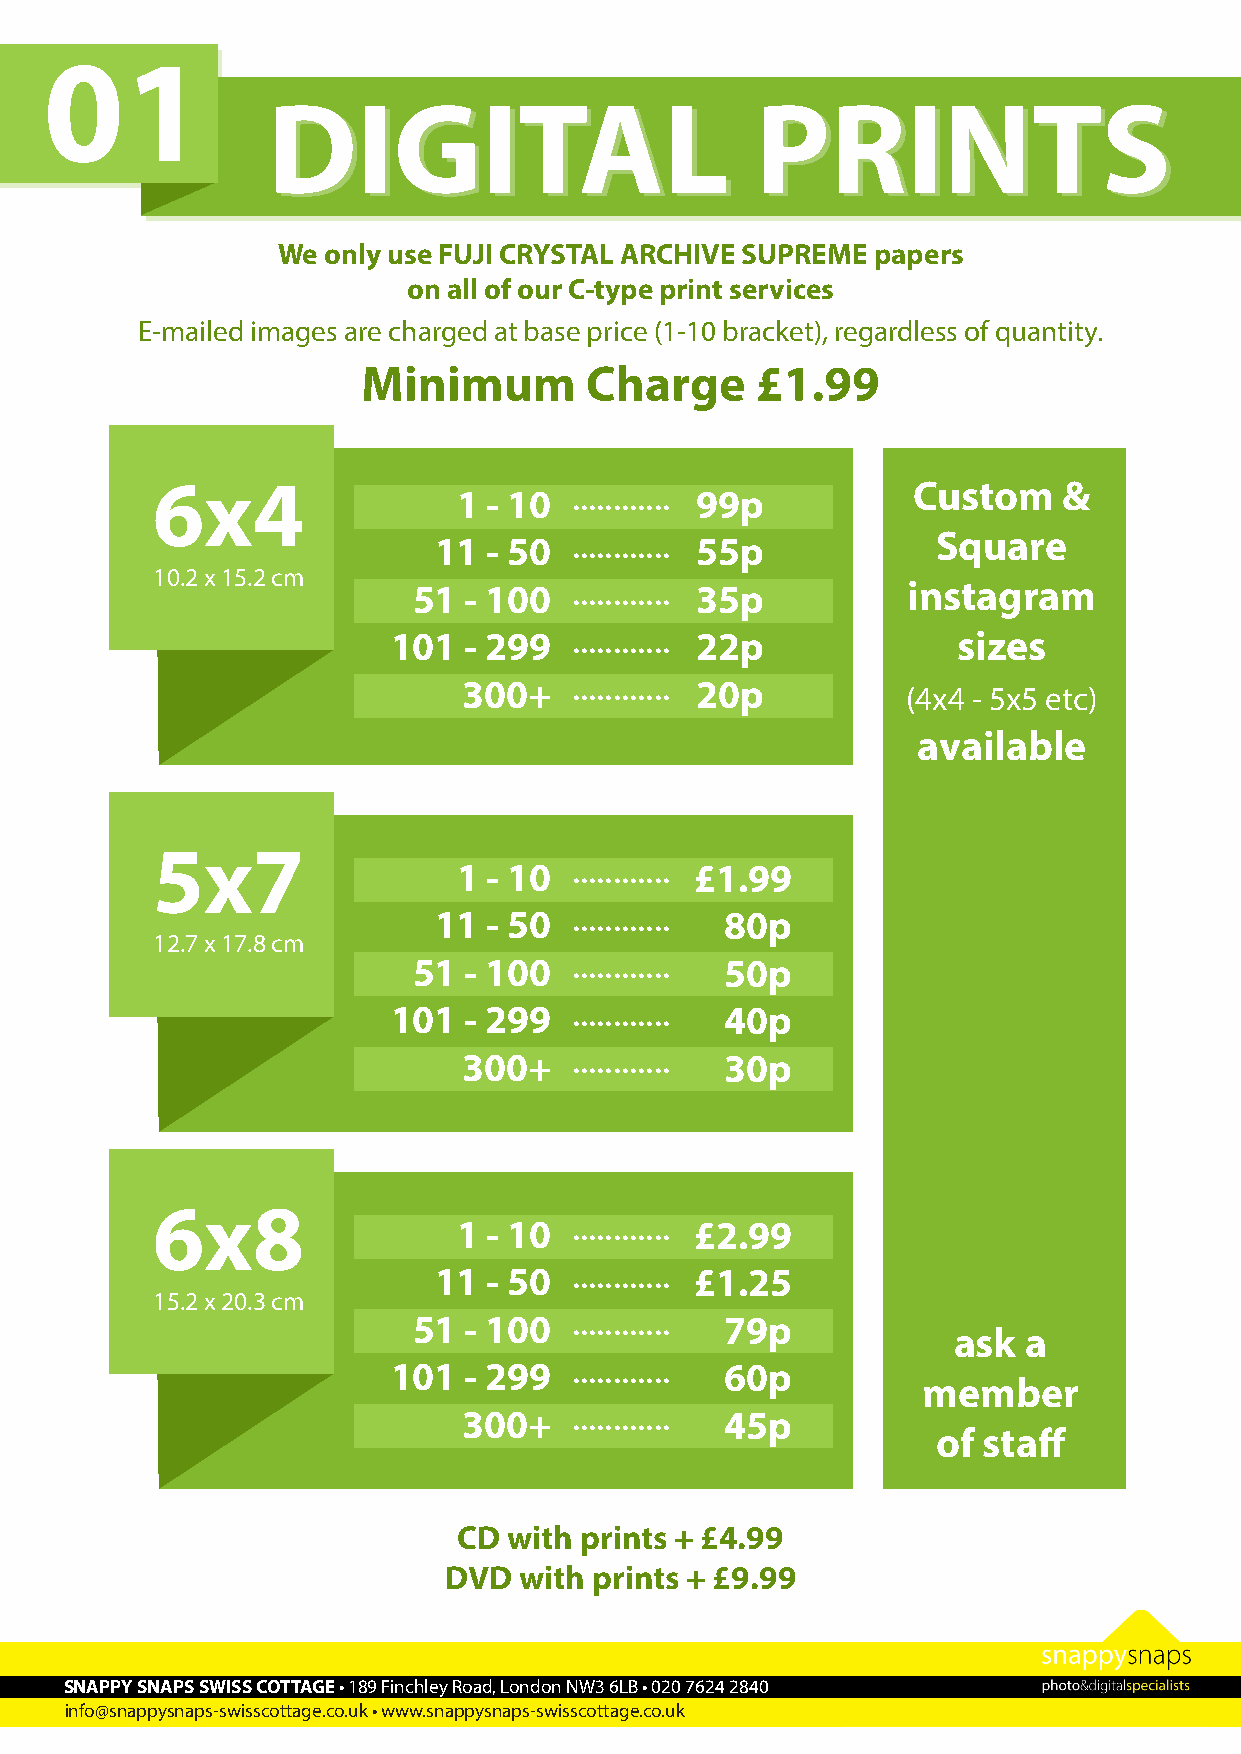
01
 DDIIGGIITTAALL                  PPRRIINNTTSS
 We only use FUJI CRYSTAL ARCHIVE SUPREME papers                                   We  only use FUJI CRYSTAL ARCHIVE SUPREME papers
 on all of our C-type print services                                               on all of our C-type print services
 E-mailed images are charged at base price (1-10 bracket), regardless of quantity.  E-mailed images are charged at base price (1-3 bracket), regardless of quantity.
 Minimum        Charge     £1.99
 6x4                         ............          Custom    &
 1 - 10          99p
 ............            Square
 11 - 50          55p
 10.2 x 15.2 cm
 51  - 100  ............ 35p      instagram
 101  - 299  ............ 22p         sizes
 ............
 300+           20p
 (4x4 - 5x5 etc)
 available
 5x7
 ............
 1 - 10          £1.99
 ............
 11 - 50            80p
 12.7 x 17.8 cm
 ............
 51  - 100            50p
 ............
 101  - 299            40p
 ............
 300+             30p
 6x8
 ............
 1 - 10          £2.99
 ............
 11 - 50          £1.25
 15.2 x 20.3 cm
 ............
 51  - 100            79p
 ask  a
 ............
 101  - 299            60p
 member
 ............
 300+             45p
 of staff
 CD  with prints + £4.99
 DVD  with prints + £9.99
 SNAPPY SNAPS SWISS COTTAGE • 189 Finchley Road, London NW3 6LB • 020 7624 2840
 info@snappysnaps-swisscottage.co.uk • www.snappysnaps-swisscottage.co.uk